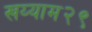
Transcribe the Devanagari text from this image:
खय्याम२९